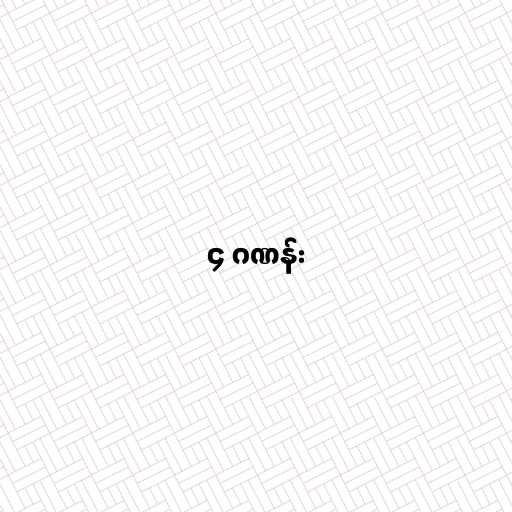
၄ ဂဏန်း